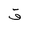
Letter: _qaf